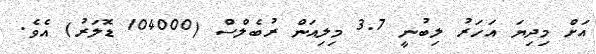
އަށް މިދިޔަ އަަހަރު ލިބުނީ 3.7 މިލިއަން ރުބެލްސް (104000 ޑޮލަރު) އެވެ.